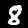
Digit: 8